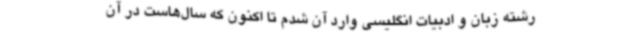
رشته زبان و ادبیات انگلیسی وارد آن شدم تا اکنون که سال‌هاست در آن